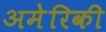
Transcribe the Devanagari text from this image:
अमेेरिकी